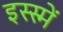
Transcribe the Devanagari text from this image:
इस्स्में